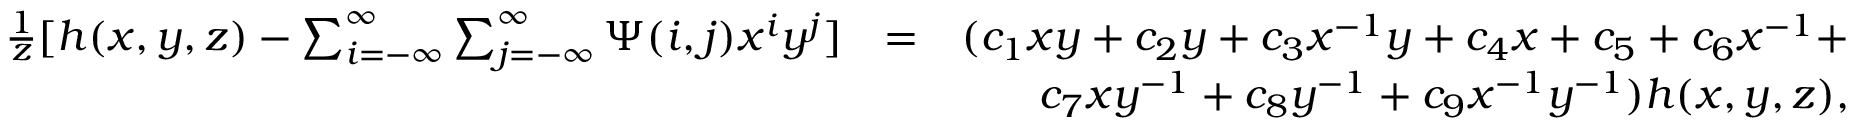
\begin{array} { r l r } { \frac { 1 } { z } [ h ( x , y , z ) - \sum _ { i = - \infty } ^ { \infty } \sum _ { j = - \infty } ^ { \infty } \Psi ( i , j ) x ^ { i } y ^ { j } ] } & { = } & { ( c _ { 1 } x y + c _ { 2 } y + c _ { 3 } x ^ { - 1 } y + c _ { 4 } x + c _ { 5 } + c _ { 6 } x ^ { - 1 } + } \\ & { } & { c _ { 7 } x y ^ { - 1 } + c _ { 8 } y ^ { - 1 } + c _ { 9 } x ^ { - 1 } y ^ { - 1 } ) h ( x , y , z ) , } \end{array}